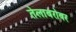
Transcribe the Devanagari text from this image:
तेलाबरोबर